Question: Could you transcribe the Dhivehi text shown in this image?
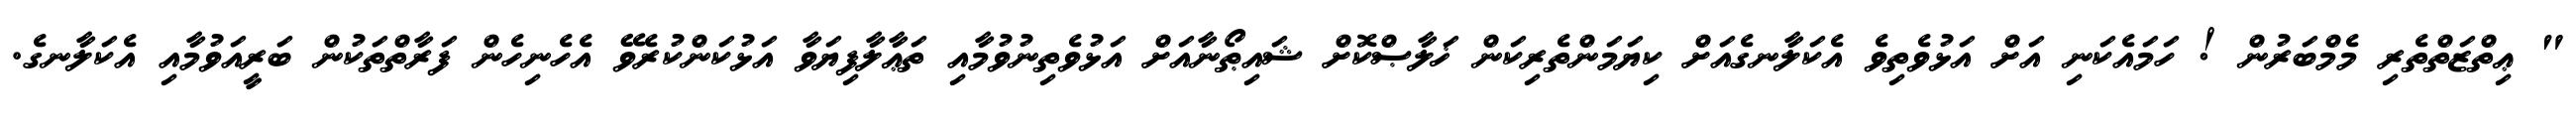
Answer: " ޢިތްޒަތްތެރި މެމްބަރުން ! ހަމައެކަނި އަށް އަޅުވެތިވެ އެކަލާނގެއަށް ކިޔަމަންތެރިކަން ޚަލާޞްކޮށް ޝައިޠޯނާއަށް އަޅުވެތިނުވުމާއި ތަޢާލާފިޔަވާ އަޅުކަންކުރެވޭ އެހެނިހެން ފަރާތްތަކުން ބަރީއަވުމާއި އެކަލާނގެ.